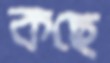
কছে